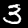
Digit: 3